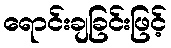
ရောင်းချခြင်းဖြင့်